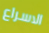
الاسراع